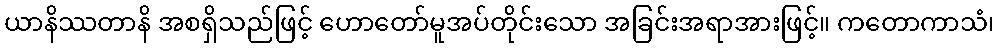
ယာနိဿတာနိ အစရှိသည်ဖြင့် ဟောတော်မူအပ်တိုင်းသော အခြင်းအရာအားဖြင့်။ ကတောကာသံ၊